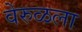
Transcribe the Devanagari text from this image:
वेरुळला